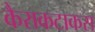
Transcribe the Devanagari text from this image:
कैराकटाकस